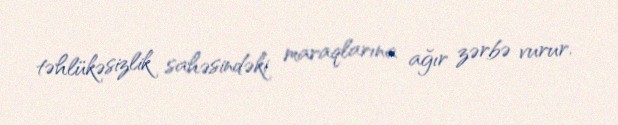
təhlükəsizlik sahəsindəki maraqlarına ağır zərbə vurur.